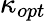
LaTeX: \kappa_{opt}